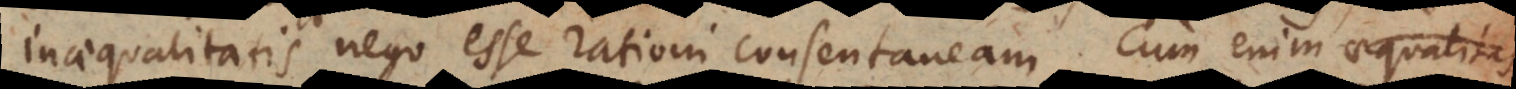
inaequalitatis nego esse rationi consentaneam. Cum enim